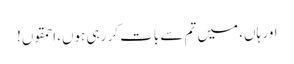
اور ہاں، میں تم سے بات کر رہی ہوں، احمقوں!